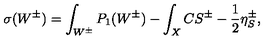
\sigma ( W ^ { \pm } ) = \int _ { W ^ { \pm } } P _ { 1 } ( W ^ { \pm } ) - \int _ { X } C S ^ { \pm } - \frac { 1 } { 2 } \eta _ { S } ^ { \pm } ,